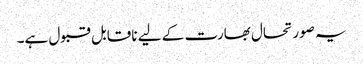
یہ صورتحال بھارت کے لیے ناقابل قبول ہے۔